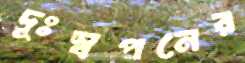
দূঃস্বপনের